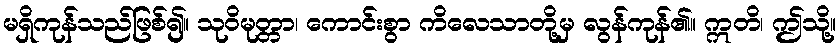
မရှိကုန်သည်ဖြစ်၍။ သုဝိမုတ္တာ၊ ကောင်းစွာ ကိလေသာတို့မှ လွန်ကုန်၏။ ဣတိ၊ ဤသို့။